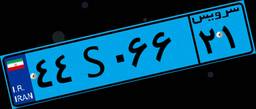
۲۱S۱۹۰۷۷